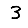
Digit: 3